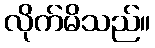
လိုက်မိသည်။